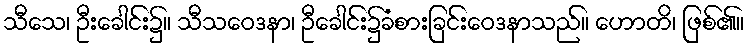
သီသေ၊ ဦးခေါင်း၌။ သီသဝေဒနာ၊ ဦခေါင်း၌ခံစားခြင်းဝေဒနာသည်။ ဟောတိ၊ ဖြစ်၏။